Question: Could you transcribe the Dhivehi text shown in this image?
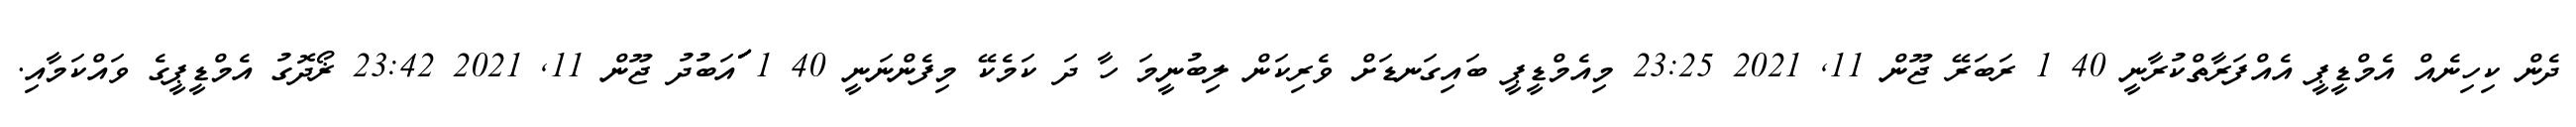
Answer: ދެން ކިހިނެއް އެމްޑީޕީ އެއްފަރާތްކުރާނީ 40 1 ރަބަރޭ ޖޫން 11, 2021 23:25 މިއެމްޑީޕީ ބައިގަނޑަށް ވެރިކަން ލިބުނީމަ ހާ ދަ ކަމެކޭ މިފެންނަނީ 40 1 ަަަަަަަަަައަބުދު ޖޫން 11, 2021 23:42 ޜޯދޮގު އެމްޑީޕީގެ ވައްކަމާއި.